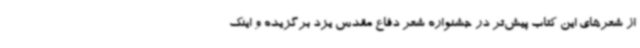
از شعرهای این کتاب پیش‌تر در جشنواره شعر دفاع مقدس یزد برگزیده و اینک